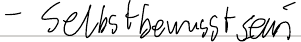
- Selbstbewusstsein